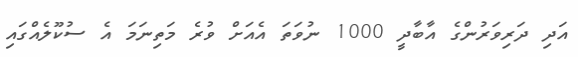
އަދި ދަރިވަރުންގެ އާބާދީ 1000 ނުވަތަ އެއަށް ވުރެ މަތިނަމަ އެ ސުކޫލެއްގައި